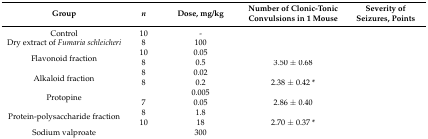
<table><thead><tr><td><b>Group</b></td><td><b><i>n</i></b></td><td><b>Dose, mg/kg</b></td><td><b>Number of Clonic-Tonic Convulsions in 1 Mouse</b></td><td><b>Severity of Seizures, Points</b></td></tr></thead><tbody><tr><td>Control</td><td>10</td><td>-</td><td>[EMPTY_CELL]</td><td>[EMPTY_CELL]</td></tr><tr><td>Dry extract of <i>Fumaria schleicheri</i></td><td>8</td><td>100</td><td>[EMPTY_CELL]</td><td>[EMPTY_CELL]</td></tr><tr><td rowspan="2">Flavonoid fraction</td><td>10</td><td>0.05</td><td>[EMPTY_CELL]</td><td>[EMPTY_CELL]</td></tr><tr><td>8</td><td>0.5</td><td>3.50 ± 0.68</td><td>[EMPTY_CELL]</td></tr><tr><td rowspan="2">Alkaloid fraction</td><td>8</td><td>0.02</td><td>[EMPTY_CELL]</td><td>[EMPTY_CELL]</td></tr><tr><td>8</td><td>0.2</td><td>2.38 ± 0.42 *</td><td>[EMPTY_CELL]</td></tr><tr><td rowspan="2">Protopine</td><td>[EMPTY_CELL]</td><td>0.005</td><td>[EMPTY_CELL]</td><td>[EMPTY_CELL]</td></tr><tr><td>7</td><td>0.05</td><td>2.86 ± 0.40</td><td>[EMPTY_CELL]</td></tr><tr><td rowspan="2">Protein-polysaccharide fraction</td><td>8</td><td>1.8</td><td>[EMPTY_CELL]</td><td>[EMPTY_CELL]</td></tr><tr><td>10</td><td>18</td><td>2.70 ± 0.37 *</td><td>[EMPTY_CELL]</td></tr><tr><td>Sodium valproate</td><td>[EMPTY_CELL]</td><td>300</td><td>[EMPTY_CELL]</td><td>[EMPTY_CELL]</td></tr></tbody></table>